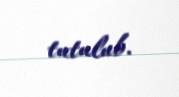
tutulub.